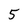
Character: 5